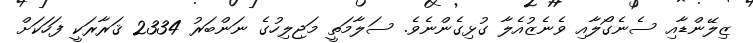
ޒިލޭންޑާއި ސެނެގޯލާއި ވެނެޒުއެލާ ގުޅިގެންނެވެ. ސަލާމަތީ މަޖިލިހުގެ ނަންބަރު 2334 ޤަރާރަކީ ފަހަކަށް